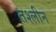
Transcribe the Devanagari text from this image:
तश्लीन